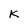
Character: K